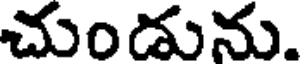
చుండును.